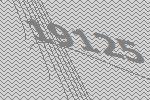
19125